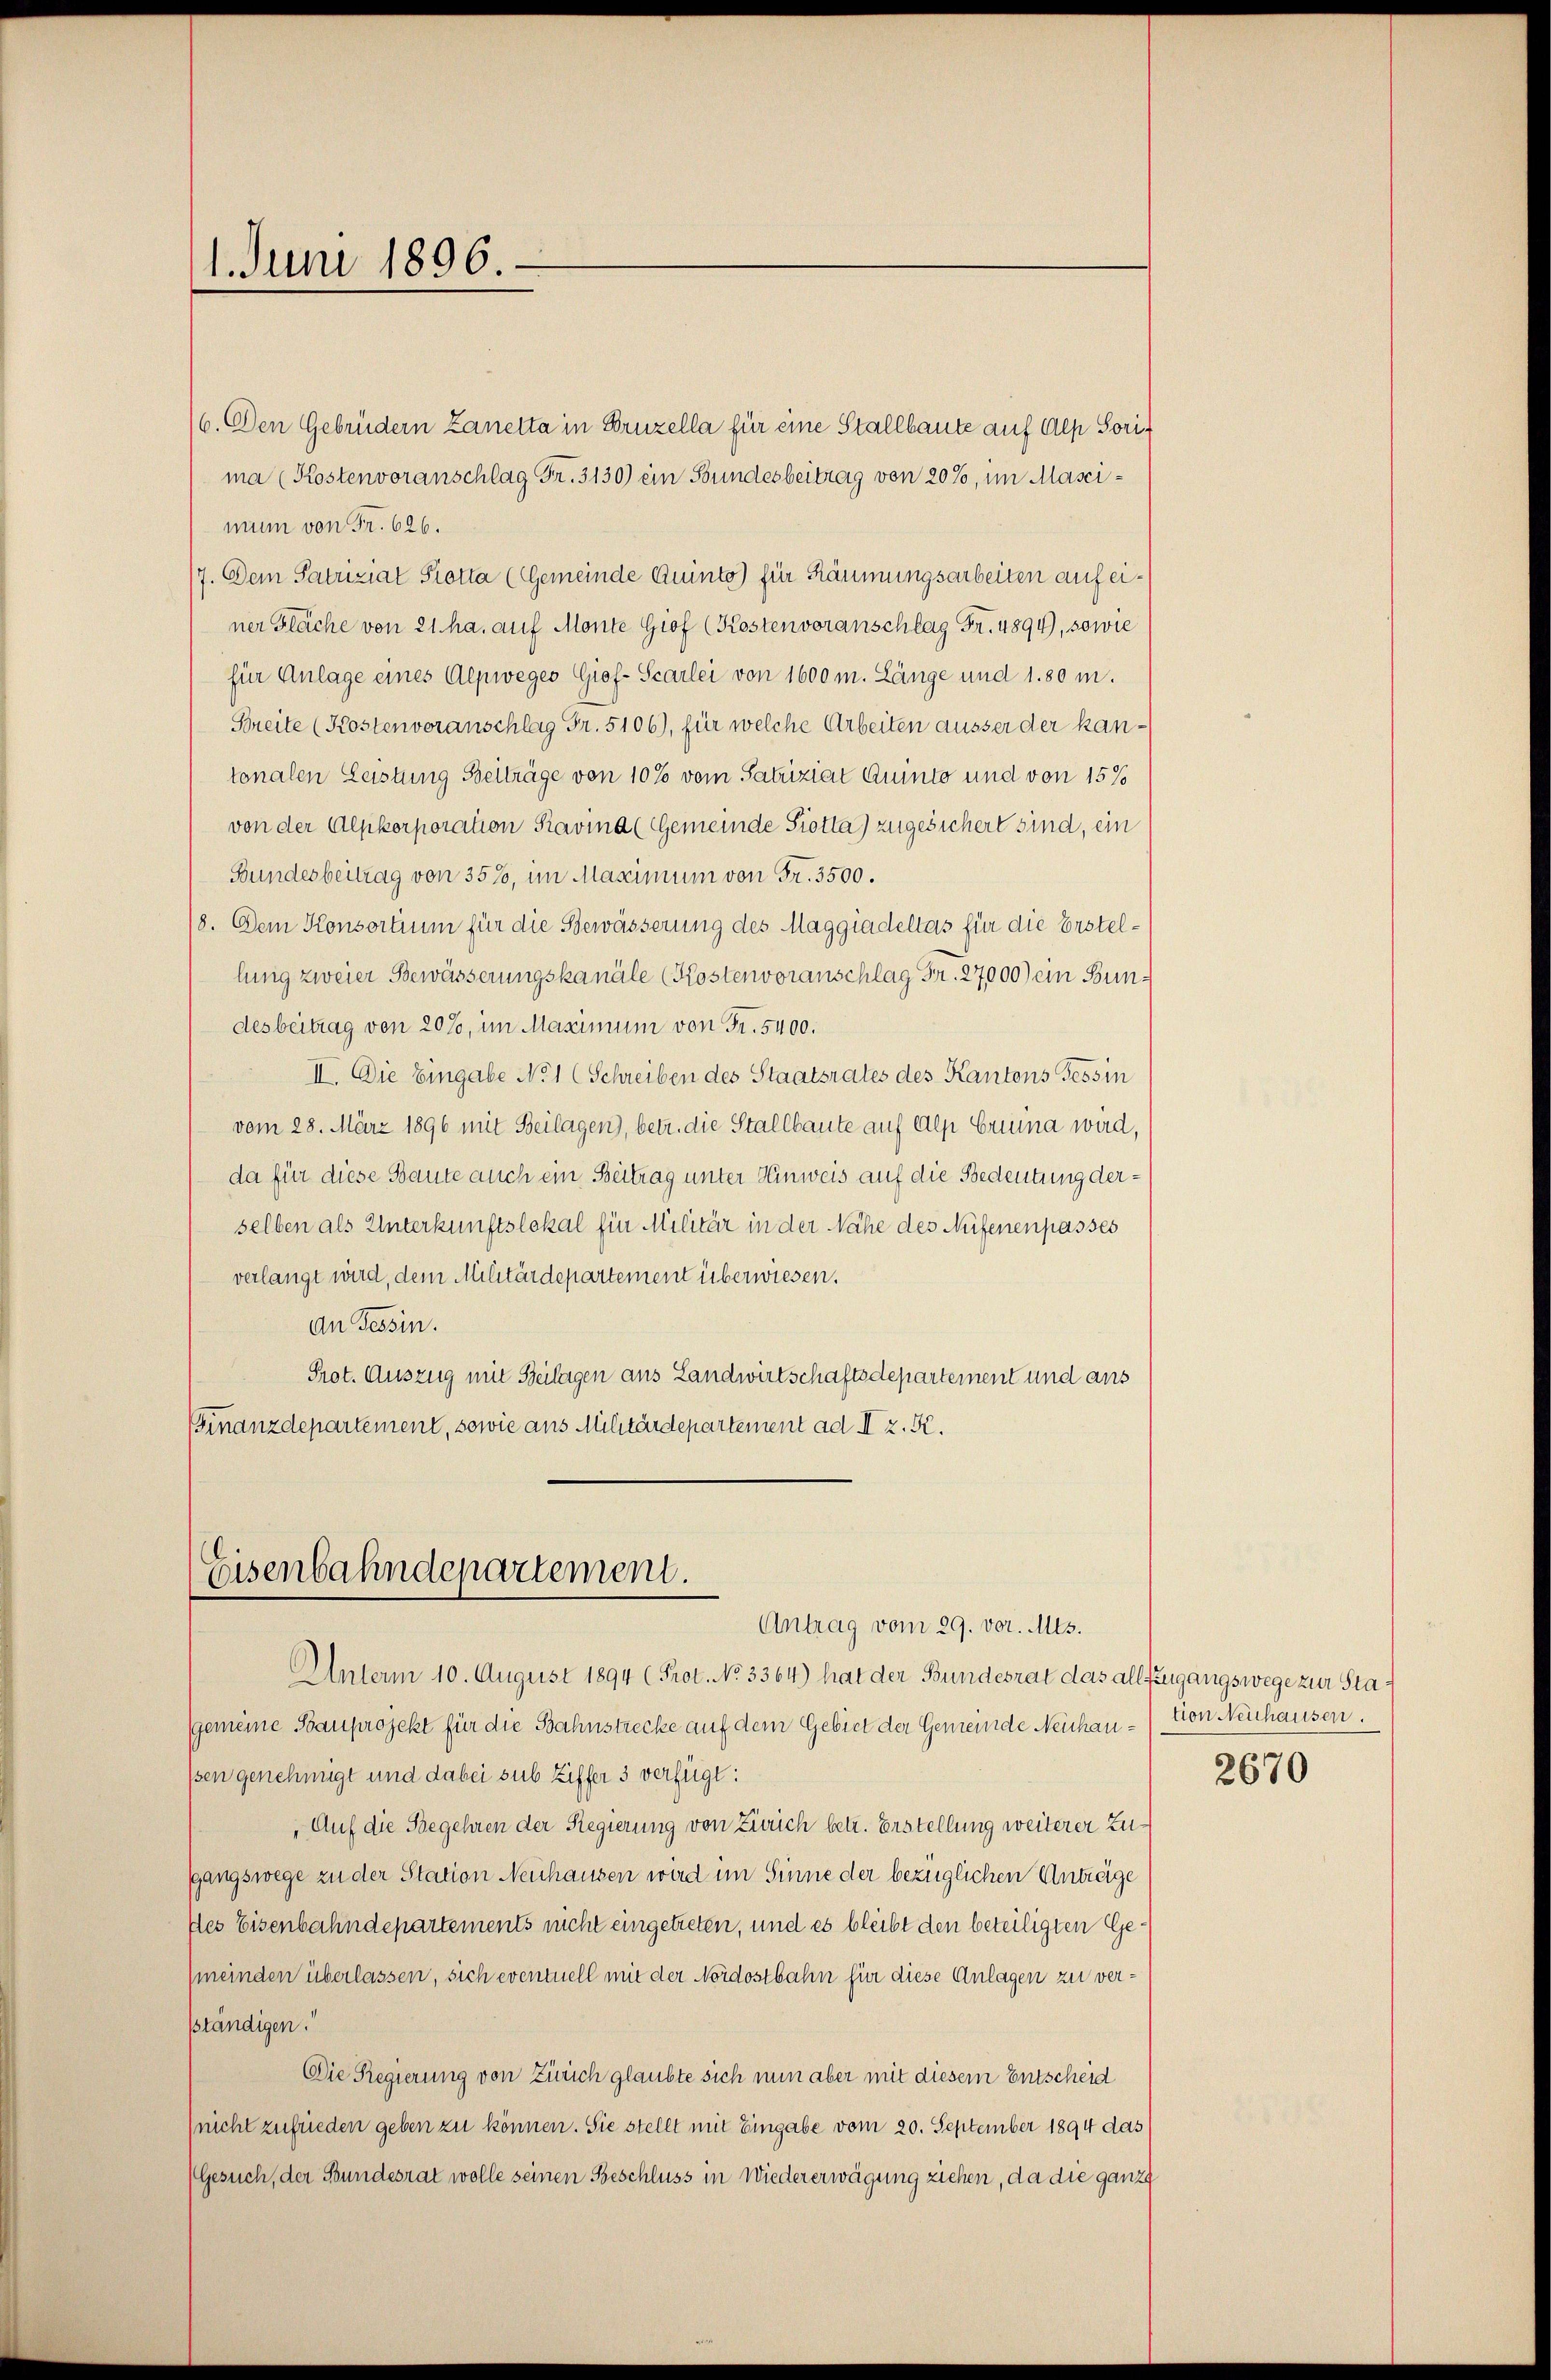
1. Juni 1896.

/6. Den Gebrüdern Zanetta in Bruzella für eine Stallbaute auf Alp Sorima (Kostenvoranschlag Fr. 3130) ein Bundesbeitrag von 20%, im Mascimum von Fr. 626.
/7. Dem Patriziat Piotta (Gemeinde Quinto) für Räumungsarbeiten auf einer Fläche von 21. ha, auf Monte Giof (Kostenvoranschlag Fr. 4894), sowie
für Anlage eines Alpweges Giof-Scarlei von 1600 m. Länge und 1. 80 m.
Breite (Kostenvoranschlag Fr. 5106), für welche Arbeiten äusser der kantonalen Leistung Beiträge von 10% vom Satriziat Quinto und von 15%
von der Alpkorporation Kavina (Gemeinde Piotta) zugesichert sind, ein
Bundesbeitrag von 35%, im Maximum von Fr. 3500.
8. Dem Konsortium für die Bewässerung des Maggiadellas für die Erstellung zweier Bewässerungskanäle (Kostenvoranschlag Fr. 27000) ein Bundesbeitrag von 20%, im Maximum von Fr. 5400.
II. Die Eingabe No 1 (Schreiben des Staatsrates des Kantons Tessin
vom 28. März 1896 mit Beilagen, betr. die Stallbaute auf Alp Eruina wird,
da für diese Baute auch ein Beitrag unter Hinweis auf die Bedeutung derselben als Unterkunftslokal für Militär in der Nähe des Nufenenpasses
verlangt wird, dem Militärdepartement überwiesen.
An Tessin.
Prot. Auszug mit Beilagen aus Landwirtschaftsdepartement und aus
Finanzdepartement, sowie aus Militärdepartement ad II z. K.

Eisenbahndepartement.
Antrag vom 29. vor. Mts.

Unterm 10. August 1894 (Prot. No 3364) hat der Bundesrat das allzugangswege zur Sta¬
Gemeine Bauprojekt für die Bahnstrecke auf dem Gebiet der Gemeinde Neuhau- von Neuhausen.
ssen genehmigt und dabei sub Ziffer 3 verfügt:
„Auf die Begehren der Regierung von Zürich betr. Erstellung weiterer Zusgangswege zu der Station Neuhausen wird im Sinne der bezüglichen Anträge
fles Eisenbahndepartements nicht eingetreten, und es bleibt den beteiligten Ge¬
(meinden überlassen, sich eventuell mit der Nordostbahn für diese Anlagen zu versständigen.“
Die Regierung von Zürich glaubte sich nun aber mit diesem Entscheid
(nicht zufrieden geben zu können. Sie stellt mit Eingabe vom 20. September 1894 das
Gesuch, der Bundesrat wolle seinen Beschluss in Wiedererwägung ziehen, da die ganz

2670